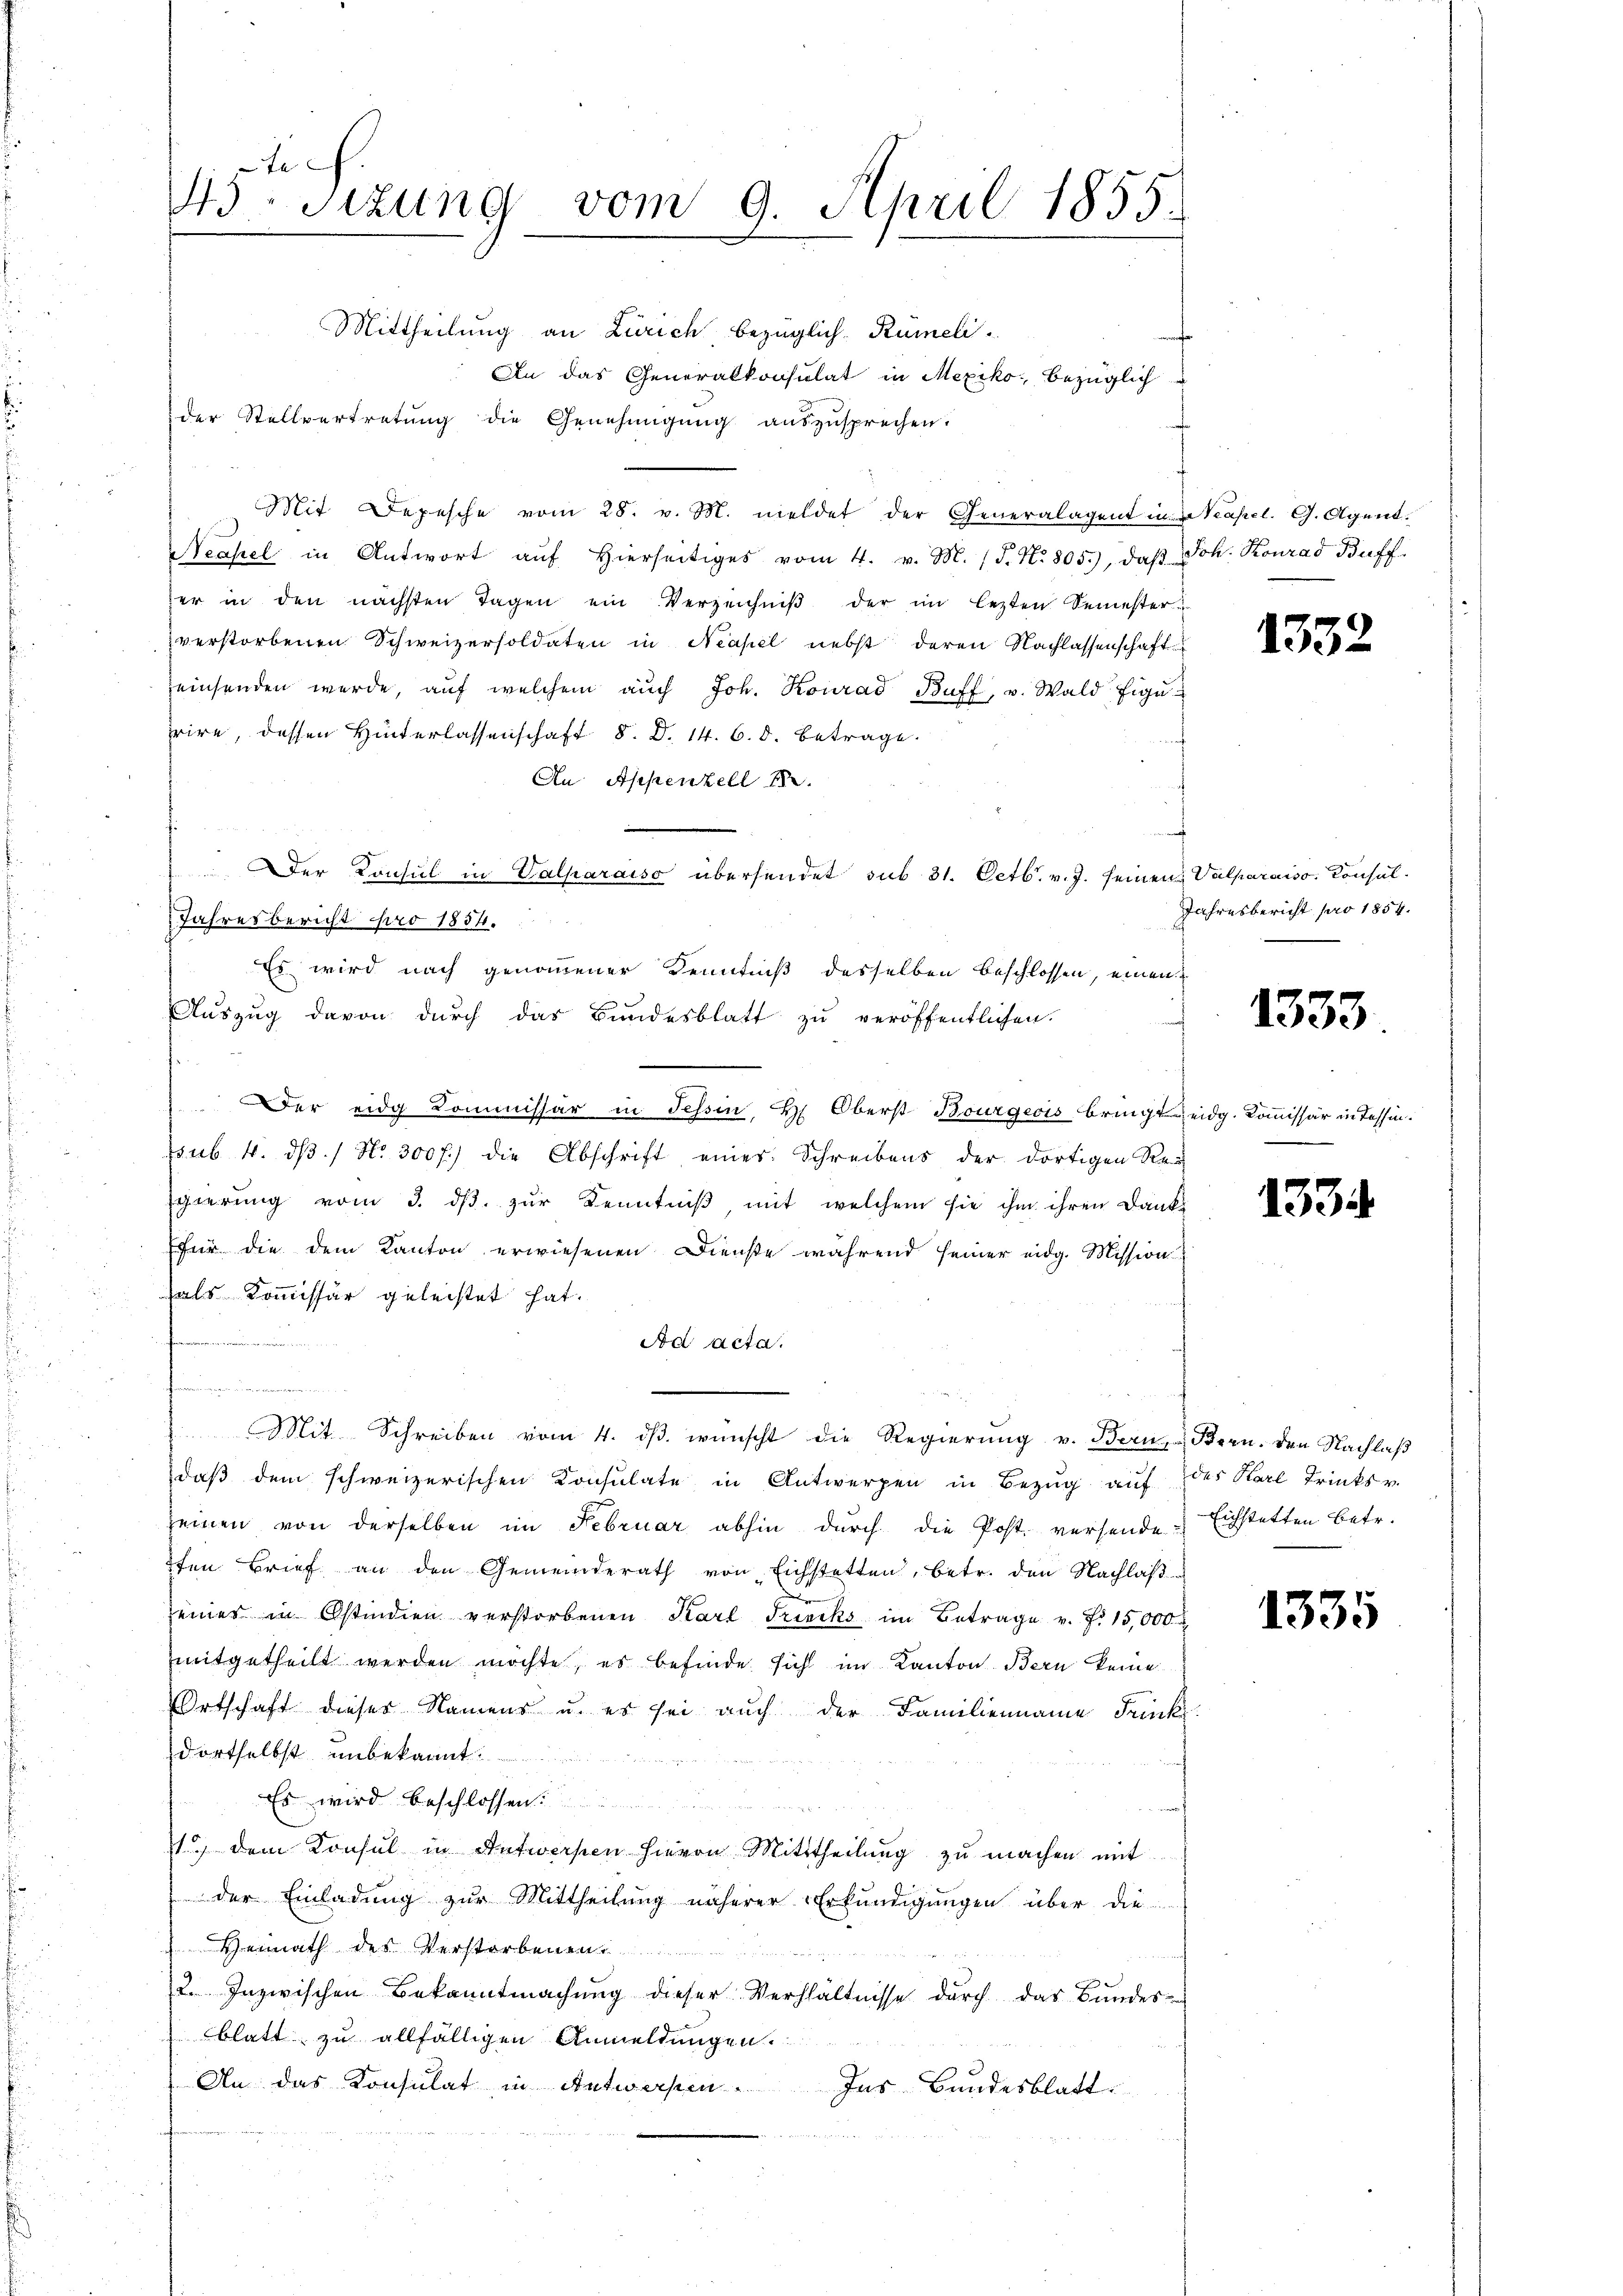
te
43. Sizung vom 9. April 1855.

Mittheilung an Zürich bezüglich Rümeli
 An das Generalkonsulat in Mexiko, bezüglich
der Stellvertretŭng die Genehmigŭng auszusprechen.
Mit Depesche vom 28. v. M. meldet der Generalagent in Neapel. G. Agent.
Neapel in Antwort aŭf hierseitiges vom 4. v. M. (S. Nr. 805), daβ Joh. Konrad Buff
er in den nächsten Tagen ein Verzeichniβ der im lezten Semester
verstorbenen Schweizersoldaten in Neapel nebst deren Nachlassenschaft
seinsenden werde, aŭf welchem auch Joh. Konrad Buff, u. Wald Eigeire, dessen Hinterlassenschaft d. d. 14. 6. d. Betrage.
An Appenzell I.
Der Konsul in Valparaiso übersendet sub 31. Octb. v. J. seinen Valparaiss. Consul¬
Jahresbericht pro 1854.
Es wird nach genommener Kenntniß desselben beschlossen, einen
Auszug davon durch das Bundesblatt zu veröffentlichen.
 Der eidg Commissär in Tessin, Hr. Oberst Bourgeois bringt eidg. Kommissär in Tessinssub. 4. ds. / No. 300 f.) die Abschrift einer Schreibens der dortigen Re-
Egierung vom 3. dβ zŭr Kenntniß mit welchem sie ihm ihren Danks
für die dem Kanton erwiesenen Dienste während seiner eidg. Mission
hals Kommissär geleistet hat.
Genannte.
Ad Acta.
n F.
 Mit Schreiben vom 4. dβ. wünscht die Regierŭng v. Bern-Bern. Den Nachlaβ
daß dem schweizerischen Konsulate in Antwerpen in Bezug auf des Karl Trinks v.
seinen von derselben im Februar abhin durch die Post versende Eichstetten betr.
ten Brief an den Gemeinderath von Eichstetten, betr. den Nachlaβ
d
seiner in Ostindien verstorbenen Karl Trincks im Betrage v. J. 15,000
mitgetheilt werden möchte, es befinde sich im Kanton Bern keine
Ortschaft dieser Namens u. es sei auch der Familienname Frick.
dortselbst unbekannt.
tes der
Es wird beschlossen:
u
1 dem Konsul in Antwerfen hievon Mittheilung zu machen mit
der Einladung zur Mittheilung näherer Erkŭndigungen über die
 Hennath des Verstorbenen
2. Inzwischen Bekanntmachung dieser Verhältnisse durch das Bundes-
blatt zu allfälligen Anmeldungen.
An das Konsulat in Antwerfen
Ins Bundesblatt.

f

1332

Jahresbericht pro 1854.

1333

1334

1335